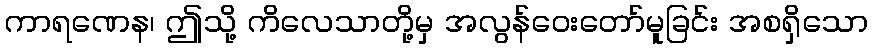
ကာရဏေန၊ ဤသို့ ကိလေသာတို့မှ အလွန်ဝေးတော်မူခြင်း အစရှိသော